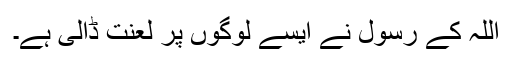
اللہ کے رسول نے ایسے لوگوں پر لعنت ڈالی ہے۔